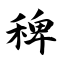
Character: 稗